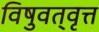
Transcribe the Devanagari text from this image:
विषुवत्‌वृत्त